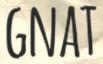
GNAT